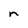
Character: n